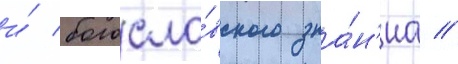
и́ богосло́вского зна́н'иа //